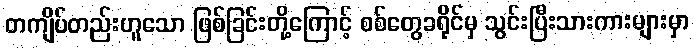
တကျိပ်တည်းဟူသော ဖြစ်ခြင်းတို့ကြောင့် စစ်တွေခရိုင်မှ သွင်းပြီးသားကားများမှာ